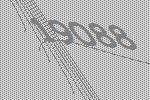
19088